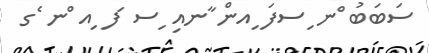
ސަބަބު ްނ ިސފަ ިއން ާނއި ިސ ަފ ިއ ްނ ެގ